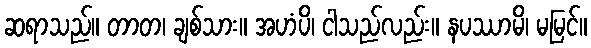
ဆရာသည်။ တာတ၊ ချစ်သား။ အဟံပိ၊ ငါသည်လည်း။ နပဿာမိ၊ မမြင်။